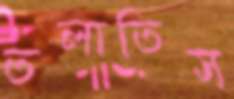
তলাতিস